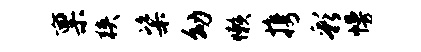
禀狭粢幼懒携彩幔